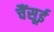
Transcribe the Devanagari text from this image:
चैंसूई